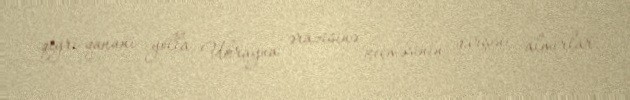
qeyri-qanuni yolla Ukrayna ərazisinə keçməsinin qarşını almırlar.